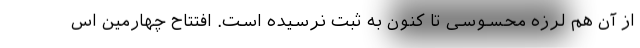
از آن هم لرزه محسوسی تا کنون به ثبت نرسیده است. افتتاح چهارمین اس